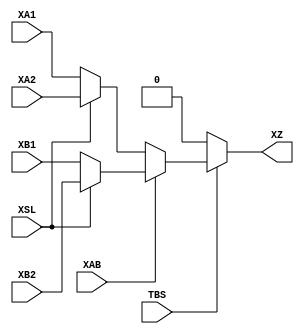
module T_FRAG (TBS, XAB, XSL, XA1, XA2, XB1, XB2, XZ);

    // For the T_FRAG the TBS input is a fake one. It has to be defined to
    // keep VPR happy. It is to be connected to TBS input of the B_FRAG model
    // inside the C_FRAG.
    input  wire TBS;

    input  wire XAB;
    input  wire XSL;
    input  wire XA1;
    input  wire XA2;
    input  wire XB1;
    input  wire XB2;

    // These timings differ whether an input inverter is on or off. To model
    // this in VPR it would require a different pb_type for each combination
    // of inverter configurations! So here we take the worst timing. See
    // bels.json for where these are taken from.
    (* DELAY_CONST_TBS="{iopath_TBS_CZ}" *)
    (* DELAY_CONST_XAB="{iopath_TAB_TZ}" *)
    (* DELAY_CONST_XSL="{iopath_TSL_TZ}" *)
    (* DELAY_CONST_XA1="{iopath_TA1_TZ}" *)
    (* DELAY_CONST_XA2="{iopath_TA2_TZ}" *)
    (* DELAY_CONST_XB1="{iopath_TB1_TZ}" *)
    (* DELAY_CONST_XB2="{iopath_TB2_TZ}" *)
    output wire XZ;
    
    specify
        (TBS => XZ) = (0,0);
        (XAB => XZ) = (0,0);
        (XSL => XZ) = (0,0);
        (XA1 => XZ) = (0,0);
        (XA2 => XZ) = (0,0);
        (XB1 => XZ) = (0,0);
        (XB2 => XZ) = (0,0);
    endspecify    
    

    // Control parameters
    parameter [0:0] XAS1 = 1'b0;
    parameter [0:0] XAS2 = 1'b0;
    parameter [0:0] XBS1 = 1'b0;
    parameter [0:0] XBS2 = 1'b0;

    // Input routing inverters
    wire XAP1 = (XAS1) ? ~XA1 : XA1;
    wire XAP2 = (XAS2) ? ~XA2 : XA2;
    wire XBP1 = (XBS1) ? ~XB1 : XB1;
    wire XBP2 = (XBS2) ? ~XB2 : XB2;

    // 1st mux stage
    wire XAI = XSL ? XAP2 : XAP1;
    wire XBI = XSL ? XBP2 : XBP1;

    // 2nd mux stage
    wire XZI = XAB ? XBI : XAI;

    // 3rd mux stage. Note that this is fake purely to make the VPR work with
    // the actual FPGA architecture. It is assumed that TBI is always routed
    // to const1 co physically CZ is always connected to the bottom of the
    // C_FRAG.
    assign XZ = TBS ? XZI : 1'b0;

endmodule